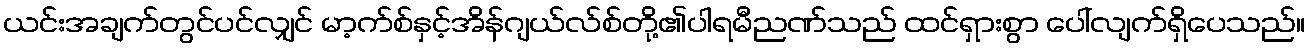
ယင်းအချက်တွင်ပင်လျှင် မာ့က်စ်နှင့်အိန်ဂျယ်လ်စ်တို့၏ပါရမီညဏ်သည် ထင်ရှားစွာ ပေါ်လျက်ရှိပေသည်။